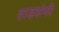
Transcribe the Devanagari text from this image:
हाडसंधी